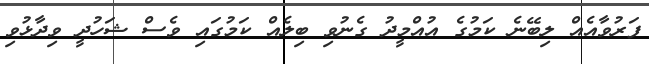
ފަރުވާއެއް ލިބޭނެ ކަމުގެ އުއްމީދު ގެނުވި ބިލެއް ކަމުގައި ވެސް ޝަހުދީ ވިދާޅުވި